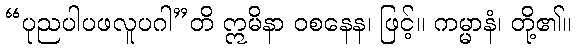
“ပုညပါပဖလူပဂါ”တိ ဣမိနာ ဝစနေန၊ ဖြင့်။ ကမ္မာနံ၊ တို့၏။